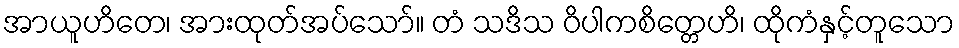
အာယူဟိတေ၊ အားထုတ်အပ်သော်။ တံ သဒိသ ဝိပါကစိတ္တေဟိ၊ ထိုကံနှင့်တူသော